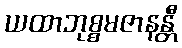
ယထာဘုစ္စမဇာနန္တီ